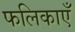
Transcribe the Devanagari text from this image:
फलिकाएँ